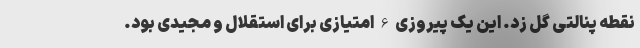
نقطه پنالتی گل زد. این یک پیروزی 6 امتیازی برای استقلال و مجیدی بود.